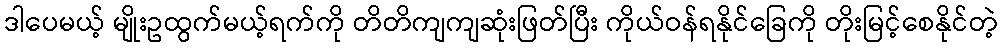
ဒါပေမယ့် မျိုးဥထွက်မယ့်ရက်ကို တိတိကျကျဆုံးဖြတ်ပြီး ကိုယ်ဝန်ရနိုင်ခြေကို တိုးမြင့်စေနိုင်တဲ့